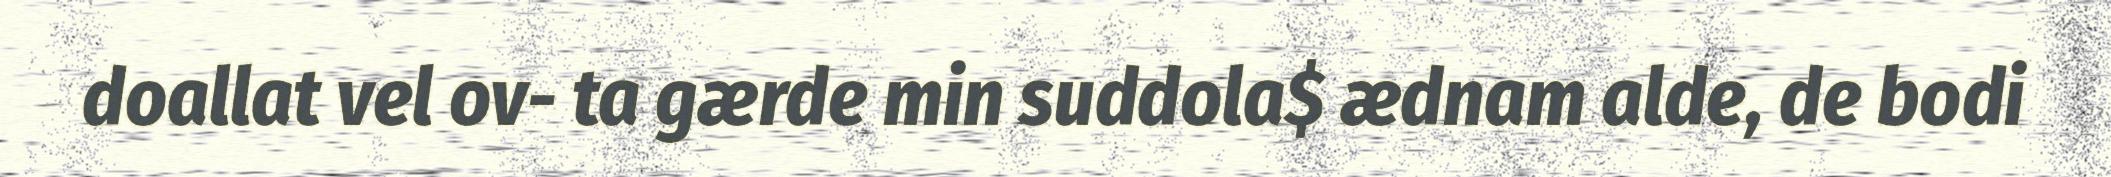
doallat vel ov- ta gærde min suddola$ ædnam alde, de bodi